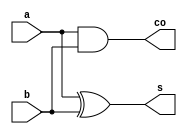
`timescale 1ns / 1ps
module ha_structural(a,b,s,co);


    input  a, b;                              // inputs:  a, b
    output s, co;                            // outputs: sum, carry_out
    
     and i1 (co, a,  b);
     xor i2 (s, a,  b);

endmodule